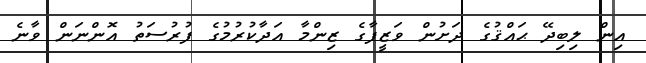
އިން ލިބިދޭ ޙައްޤުގެ ދަށުން ވަޒީފާގެ ޒިންމާ އަދާކުރުމުގެ ފުރުސަތު އޮންނަން ވާނެ